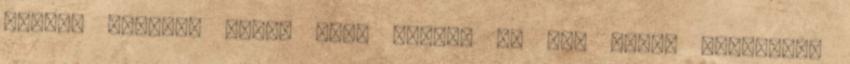
ennyi. ajattos orvos vesz házat, de nem 3szor leadózott